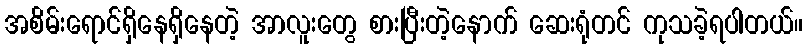
အစိမ်းရောင်ရှိနေရှိနေတဲ့ အာလူးတွေ စားပြီးတဲ့နောက် ဆေးရုံတင် ကုသခဲ့ရပါတယ်။